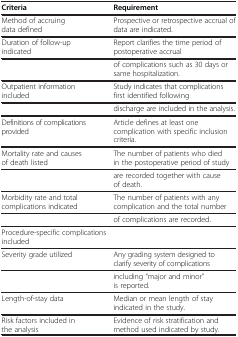
<table><thead><tr><td><b>Criteria</b></td><td><b>Requirement</b></td></tr></thead><tbody><tr><td>Method of accruing data defined</td><td>Prospective or retrospective accrual of data are indicated.</td></tr><tr><td>Duration of follow-up indicated</td><td>Report clarifies the time period of postoperative accrual</td></tr><tr><td> </td><td>of complications such as 30 days or same hospitalization.</td></tr><tr><td>Outpatient information included</td><td>Study indicates that complications first identified following</td></tr><tr><td> </td><td>discharge are included in the analysis.</td></tr><tr><td>Definitions of complications provided</td><td>Article defines at least one complication with specific inclusion criteria.</td></tr><tr><td>Mortality rate and causes of death listed</td><td>The number of patients who died in the postoperative period of study</td></tr><tr><td> </td><td>are recorded together with cause of death.</td></tr><tr><td>Morbidity rate and total complications indicated</td><td>The number of patients with any complication and the total number</td></tr><tr><td> </td><td>of complications are recorded.</td></tr><tr><td>Procedure-specific complications included</td><td> </td></tr><tr><td>Severity grade utilized</td><td>Any grading system designed to clarify severity of complications</td></tr><tr><td> </td><td>including “major and minor” is reported.</td></tr><tr><td>Length-of-stay data</td><td>Median or mean length of stay indicated in the study.</td></tr><tr><td>Risk factors included in the analysis</td><td>Evidence of risk stratification and method used indicated by study.</td></tr></tbody></table>